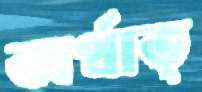
অর্থাত্